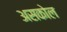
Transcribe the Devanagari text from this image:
असकोल